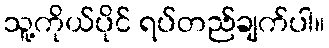
သူ့ကိုယ်ပိုင် ရပ်တည်ချက်ပါ။